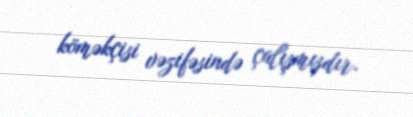
köməkçisi vəzifəsində çalışmışdır.